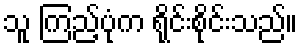
သူ ကြည့်ပုံက ရိုင်းစိုင်းသည်။